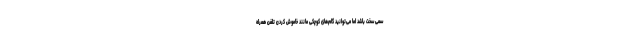
سمی سخت باشد اما می‌توانید گام‌های کوچکی مانند خاموش کردن تلفن همراه